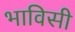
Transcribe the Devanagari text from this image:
भाविसी